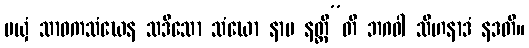
မယှံ သာဝကသံဃေန သဒိသော သံဃော နာမ နတ္ထီ”တိ ဘဂဝါ သီဟနာဒံ နဒတိ။